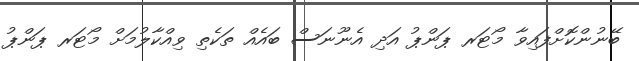
ބޭނުންކޮށްފައިވާ މޯޓަރ ޕަންޕު އަދި އެނޫނަސް ބައެއް ތަކެތި ވިއްކާލުމަށް މޯޓަރ ޕަންޕު